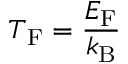
T _ { \mathrm { F } } = { \frac { E _ { \mathrm { F } } } { k _ { \mathrm { { B } } } } }